Source: Handwritten
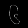
Digit: ၆ (6)